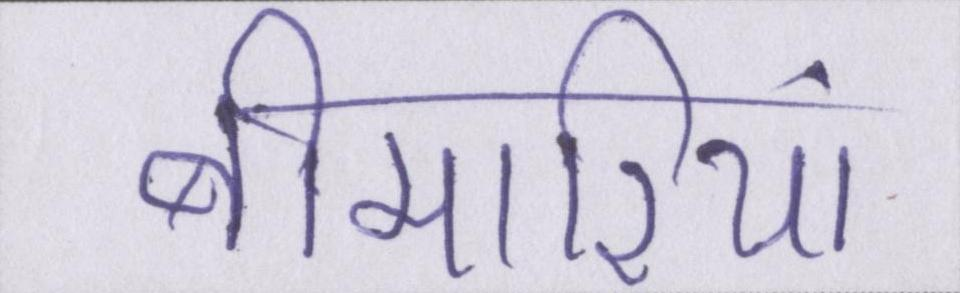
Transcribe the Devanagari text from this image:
बीमारियां